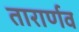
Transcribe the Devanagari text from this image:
तारार्णव